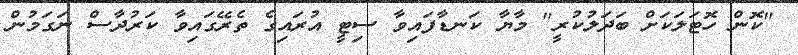
"ކޮން ހޮޓަލަކަށް ބަދަލުކުރީ" މާޔާ ކަނޑާފައިވާ ސިޓީ އުރައިގެ ތެރޭގައިވާ ކަރުދާސް ނަގަމުން